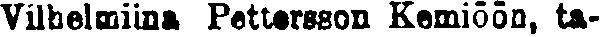
Vilhelmiina Pettersson Kemiöön, ta-